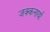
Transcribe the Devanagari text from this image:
जक्कनार्या